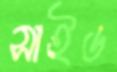
সাইড